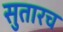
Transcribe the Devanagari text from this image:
सुतारच